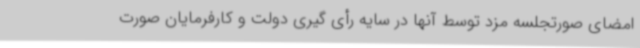
امضای صورتجلسه مزد توسط آنها در سایه رأی گیری دولت و کارفرمایان صورت